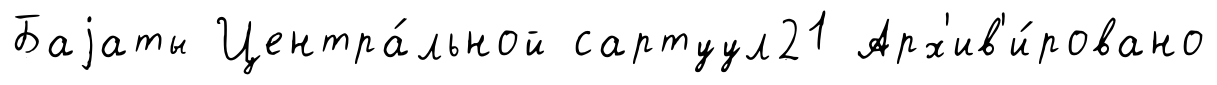
Баjаты Центра́льной сартуул21 Арх'ив'и́ровано